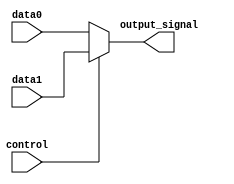
module multiplexer (
    input [7:0] data0,
    input [7:0] data1,
    input control,
    output reg [7:0] output_signal
);

always @ (data0 or data1 or control)
begin
    if (control)
        output_signal = data1;
    else
        output_signal = data0;
end

endmodule